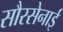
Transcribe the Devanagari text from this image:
सौरसेनाई